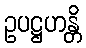
ဥပဋ္ဌဟန္တိ